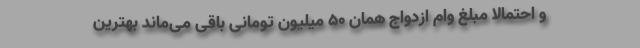
و احتمالا مبلغ وام ازدواج همان ۵۰ میلیون تومانی باقی می‌ماند بهترین